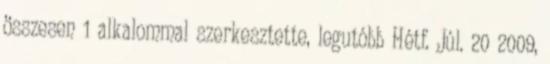
összesen 1 alkalommal szerkesztette, legutóbb Hétf. Júl. 20 2009,